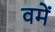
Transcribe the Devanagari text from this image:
वमें